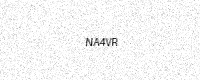
Text: NA4VR